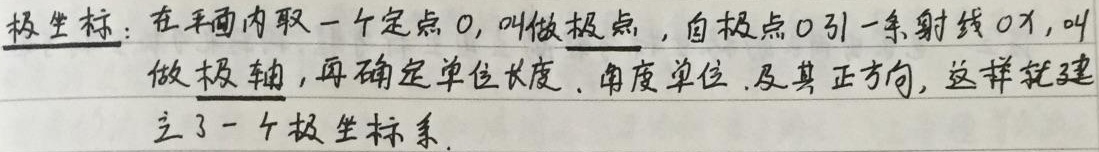
极坐标：在平面内取一个定点\(O\)，叫做**极点**，自极点\(O\)引一条射线\(Ox\)，叫做**极轴**，再确定单位长度、角度单位及其正方向，这样就建立了一个极坐标系。